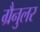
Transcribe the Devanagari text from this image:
ग्रैनुलर